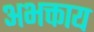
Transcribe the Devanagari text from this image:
अभक्ताय